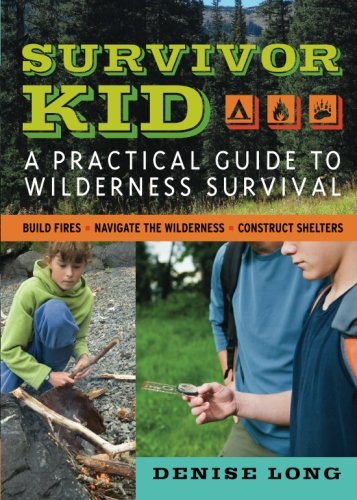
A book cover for Survivor Kid: A Practical Guide to Wilderness Survival; Denise Long; Sports & Outdoors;